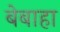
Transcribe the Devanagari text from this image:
बेबाहा